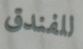
للفندق